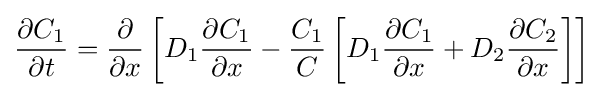
{\frac {\partial C_{1}}{\partial t}}={\frac {\partial }{\partial x}}\left[D_{1}{\frac {\partial C_{1}}{\partial x}}-{\frac {C_{1}}{C}}\left[D_{1}{\frac {\partial C_{1}}{\partial x}}+D_{2}{\frac {\partial C_{2}}{\partial x}}\right]\right]